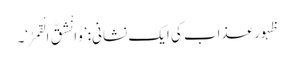
ظہور عذاب کی ایک نشانی: ’وَانْشَقَّ الْقَمَرُ‘۔